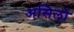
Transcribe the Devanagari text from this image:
असिलो